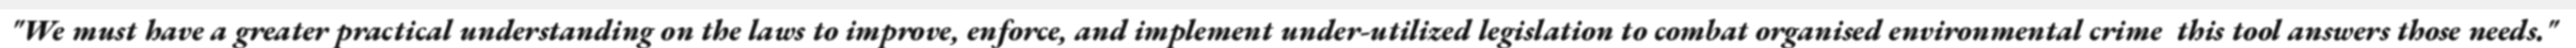
"We must have a greater practical understanding on the laws to improve, enforce, and implement under-utilized legislation to combat organised environmental crime  this tool answers those needs."